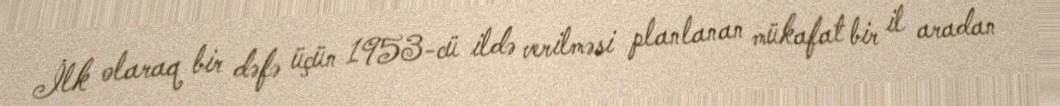
İlk olaraq bir dəfə üçün 1953-cü ildə verilməsi planlanan mükafat bir il aradan